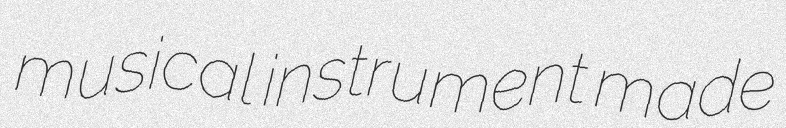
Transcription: musical instrument made